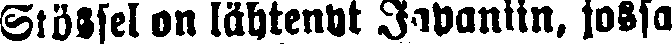
Stössel on lähtenyt Japaniin, jossa